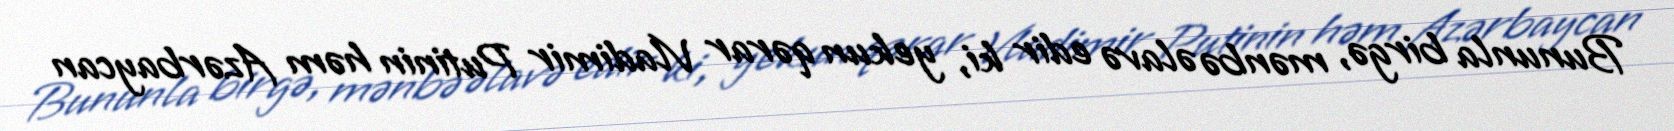
Bununla birgə, mənbə əlavə edir ki, yekun qərar Vladimir Putinin həm Azərbaycan